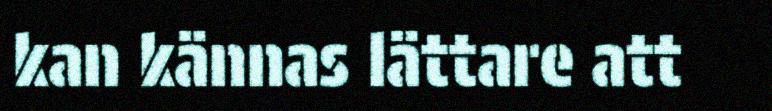
kan kännas lättare att